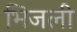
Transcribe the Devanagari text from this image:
भिजली